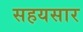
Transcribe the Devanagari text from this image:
सहयसार